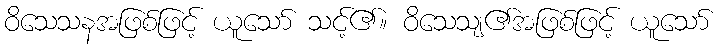
ဝိသေသနအဖြစ်ဖြင့် ယူသော် သင့်၏။ ဝိသေသျ၏အဖြစ်ဖြင့် ယူသော်